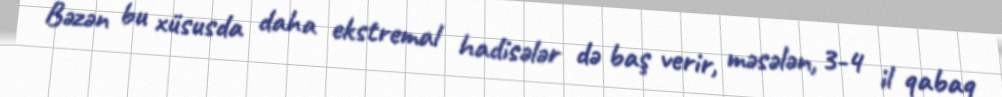
Bəzən bu xüsusda daha ekstremal hadisələr də baş verir, məsələn, 3-4 il qabaq